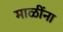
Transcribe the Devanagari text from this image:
माळींना